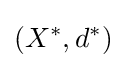
\left(X^{*},d^{*}\right)